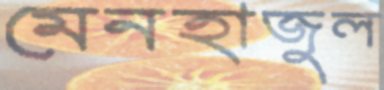
মেনহাজুল